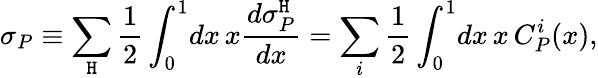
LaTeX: \sigma_{P}\equiv\sum_{\mathtt{H}}\frac{{1}}{{2}}\int_{0}^{1}\! dx\, x\frac{{d\sigma_{P}^{\mathtt{H}}}}{{dx}}=\sum_{i}\frac{{1}}{{2}}\int_{0}^{1}\! dx\, x\, C_{P}^{i}(x),